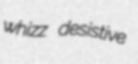
whizz desistive